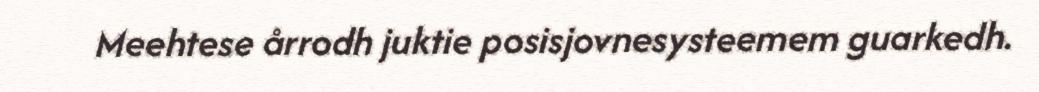
Meehtese årrodh juktie posisjovnesysteemem guarkedh.